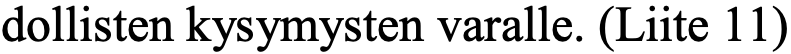
dollisten kysymysten varalle. (Liite 11)